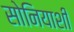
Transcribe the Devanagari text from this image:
सोनियाशी